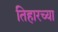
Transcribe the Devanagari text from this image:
तिहारच्या